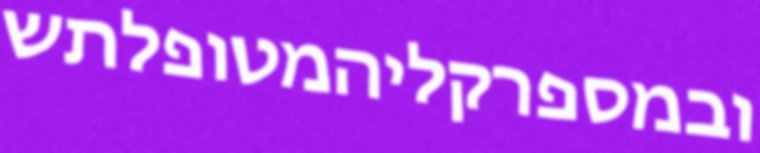
ובמספרקליהמטופלתש